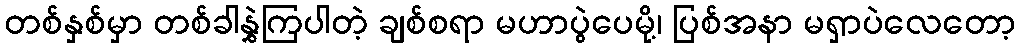
တစ်နှစ်မှာ တစ်ခါနွှဲကြပါတဲ့ ချစ်စရာ မဟာပွဲပေမို့၊ ပြစ်အနာ မရှာပဲလေတော့